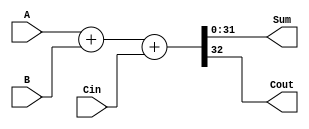
module FullAdder32(A,B,Cin,Sum,Cout);
input [31:0]A,B; input Cin; output [31:0]Sum; output Cout;
assign {Cout,Sum} = A+B+Cin;
endmodule